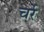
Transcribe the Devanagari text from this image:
चर्रे